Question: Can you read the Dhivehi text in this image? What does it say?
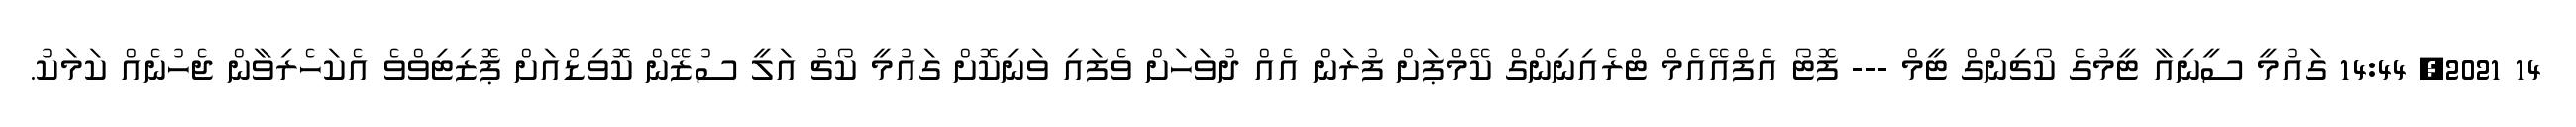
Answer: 14 2021, 14:44 ގައުމީ ސީނިއާ ޓީމުގެ ކޯޗިންގް ޓީމް --- ފޮޓޯ އެފްއޭއެމް ޓްރެއިނިންގް ކޭމްޕަށް ފުރަން އެއް ދުވަހަށް ވެފައި ވަނިކޮށް ގައުމީ ކޯޗު އަލީ ސުޒޭން ކޮވިޑްއަށް ޕޮޒިޓިވްވެ އެކަހެރިވާން ޖެހުނެއް ކަމަކު.